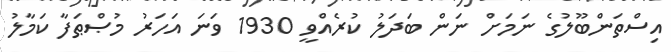
އިސްތަންބޫލުގެ ނަމަށް ނަން ބަދަލު ކުރެއްވީ 1930 ވަނަ އަހަރު މުޞްޠަފާ ކަމާލު